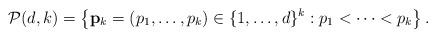
LaTeX: \begin{align*} \mathcal{P}(d,k)=\left\{\mathbf p_k=(p_1, \dots, p_k) \in \{1, \dots, d\}^k: p_1<\cdots<p_k\right\}.\end{align*}